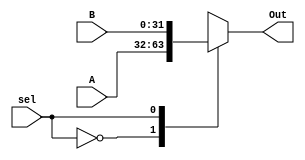
`timescale 1ns / 1ps
//////////////////////////////////////////////////////////////////////////////////
// Company: 
// Engineer: 
// 
// Design Name: 
// Module Name:    mux32bits 
// Project Name: 
// Target Devices: 
// Tool versions: 
// Description: 
//
// Dependencies: 
//
// Revision: 
// Revision 0.01 - File Created
// Additional Comments: 
//
//////////////////////////////////////////////////////////////////////////////////
module mux32bits(
    input [31:0] A,
    input [31:0] B,
	 input sel,
    output reg[31:0] Out
    );
	always @(sel or A or B)
	begin
	case(sel)
	1'b0: begin Out<=A; end
	1'b1: begin Out<=B; end
	default: begin Out=32'bxxxx_xxxx_xxxx_xxxx_xxxx_xxxx_xxxx_xxxx; end
	endcase
	end
endmodule